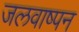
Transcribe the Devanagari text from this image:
जलवाष्पन